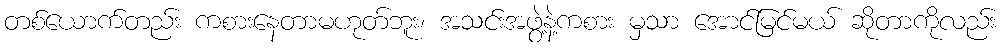
တစ်ယောက်တည်း ကစားနေတာမဟုတ်ဘူး၊ အသင်းအဖွဲ့နဲ့ကစား မှသာ အောင်မြင်မယ် ဆိုတာကိုလည်း